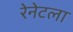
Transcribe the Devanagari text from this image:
रेनेटला